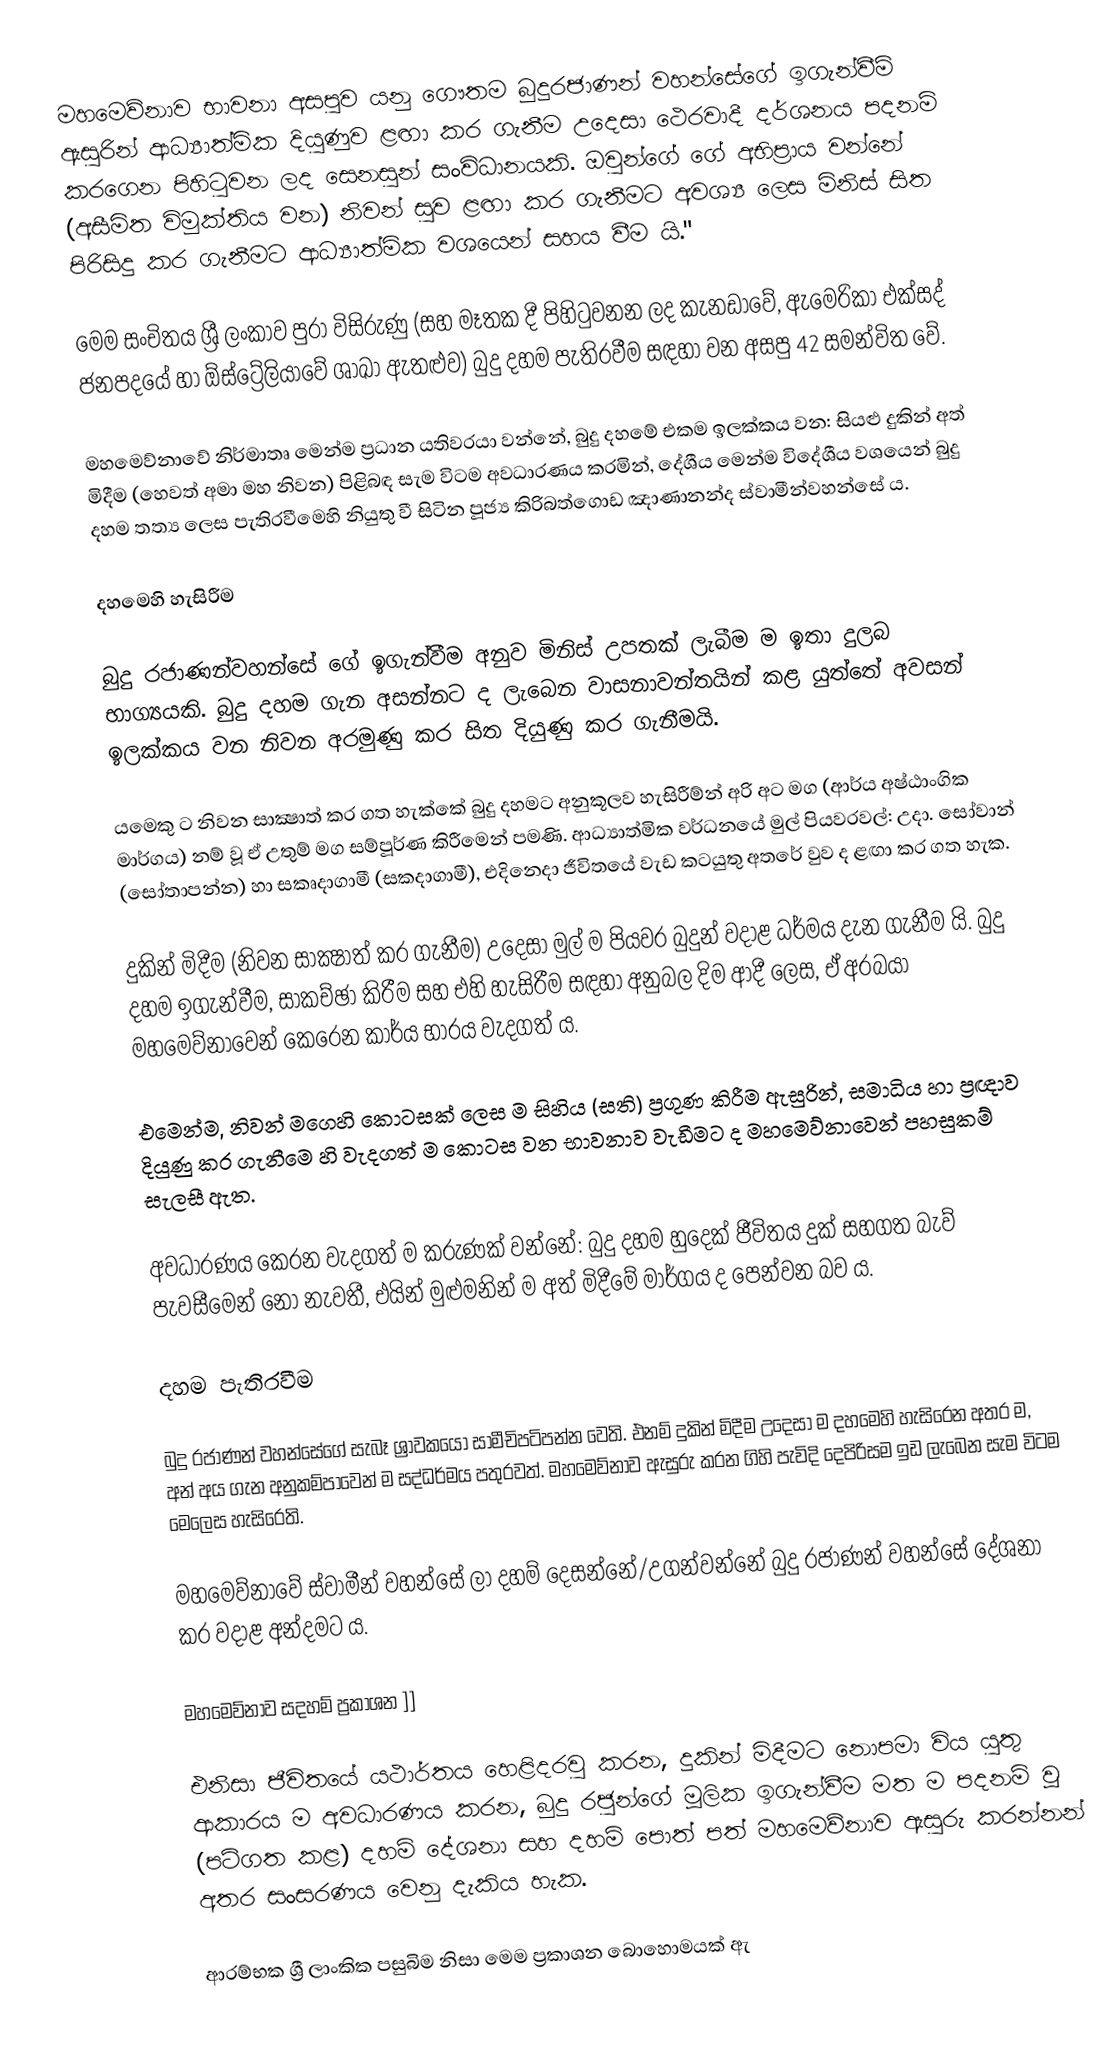
මහමෙව්නාව භාවනා අසපුව යනු ගෞතම  බුදුරජාණන් වහන්සේගේ ඉගැන්වීම් ඇසුරින් ආධ්‍යාත්මික දියුණුව ළඟා කර ගැනීම උදෙසා ථෙරවාදී දර්ශනය පදනම් කරගෙන පිහිටුවන ලද සෙනසුන් සංවිධානයකි. ඔවුන්ගේ ගේ  අභිප්‍රාය වන්නේ (අසීමිත විමුක්තිය වන) නිවන් සුව ළඟා කර ගැනීමට අවශ්‍ය ලෙස මිනිස් සිත පිරිසිදු කර ගැනීමට  ආධ්‍යාත්මික වශයෙන් සහය වීම යි."

මෙම සංචිතය ශ්‍රී ලංකාව පුරා විසිරුණු (සහ මෑතක දී පිහිටුවනන ලද කැනඩාවේ, ඇමෙරිකා එක්සද් ජනපදයේ හා ඕස්ට්‍රේලියාවේ ශාඛා ඇතළුව) බුදු දහම පැතිරවීම සඳහා වන අසපු 42 සමන්විත වේ.

මහමෙව්නාවේ නිර්මාතෘ මෙන්ම ප්‍රධාන යතිවරයා වන්නේ, බුදු දහමේ එකම ඉලක්කය වන: සියළු දුකින් අත් මිදීම (හෙවත් අමා මහ නිවන) පිළිබඳ සැම විටම අවධාරණය කරමින්, දේශීය මෙන්ම විදේශීය වශයෙන් බුදු දහම තත්‍ය ලෙස පැතිරවීමෙහි නියුතු වී සිටින පූජ්‍ය කිරිබත්ගොඩ ඤාණානන්ද ස්වාමීන්වහන්සේ ය.

දහමෙහි හැසිරීම

බුදු රජාණන්වහන්සේ ගේ ඉගැන්වීම අනුව මිනිස් උපතක් ලැබීම ම ඉතා දුලබ භාග්‍යයකි. බුදු දහම ගැන අසන්නට ද ලැබෙන වාසනාවන්තයින් කළ යුත්තේ අවසන් ඉලක්කය වන නිවන අරමුණු කර සිත දියුණු කර ගැනීමයි.

යමෙකු ට නිවන සාක්‍ෂාත් කර ගත හැක්කේ බුදු දහමට අනුකූලව හැසිරීම්න් අරි අට මග (ආර්ය අෂ්ඨාංගික මාර්ගය) නම් වූ ඒ උතුම් මග සම්පූර්ණ කිරීමෙන් පමණි. ආධ්‍යාත්මික වර්ධනයේ මුල් පියවරවල්: උදා. සෝවාන් (සෝතාපන්න) හා සකෘදාගාමී (සකදාගාමී), එදිනෙදා ජීවිතයේ වැඩ කටයුතු අතරේ වුව ද ළඟා කර ගත හැක.

දුකින් මිදීම (නිවන සාක්‍ෂාත් කර ගැනීම) උදෙසා මුල් ම පියවර බුදුන් වදාළ ධර්මය දැන ගැනීම යි. බුදු දහම ඉගැන්වීම, සාකච්ඡා කිරීම සහ එහි හැසිරීම සඳහා අනුබල දිම ආදී ලෙස, ඒ අරබයා මහමෙව්නාවෙන් කෙරෙන කාර්ය භාරය වැදගත් ය.

එමෙන්ම, නිවන් මගෙහි කොටසක් ලෙස ම සිහිය (සති) ප්‍රගුණ කිරීම ඇසුරින්, සමාධිය හා ප්‍රඥාව දියුණු කර ගැනීමෙ හි වැදගත් ම කොටස වන භාවනාව වැඩීමට ද මහමෙව්නාවෙන්  පහසුකම් සැලසී ඇත.

අවධාරණය කෙරන වැදගත් ම කරුණක් වන්නේ: බුදු දහම හුදෙක් ජීවිතය දුක් සහගත බැව් පැවසීමෙන් නො නැවතී, එයින් මුළුමනින් ම අත් මිදීමේ මාර්ගය ද පෙන්වන බව ය.

දහම පැතිරවීම

බුදු රජාණන් වහන්සේගේ සැබෑ ශ්‍රාවකයෝ සාමීචිපටිපන්න වෙති. එනම් දුකින් මිදීම උදෙසා ම දහමෙහි හැසිරෙන අතර ම, අන් අය ගැන අනුකම්පාවෙන් ම සද්ධර්මය පතුරවත්. මහමෙව්නාව ඇසුරු කරන ගිහි පැවිදි දෙපිරිසම ඉඩ ලැබෙන සැම විටම මෙලෙස හැසිරෙති.

මහමෙව්නාවේ ස්වාමීන් වහන්සේ ලා දහම් දෙසන්නේ/උගන්වන්නේ බුදු රජාණන් වහන්සේ දේශනා කර වදාළ අන්දමට ය.

මහමෙව්නාව සදහම් ප්‍රකාශන ]]

එනිසා ජීවිතයේ යථාර්තය හෙළිදරවු කරන, දුකින් මිදීමට නොපමා විය යුතු ආකාරය ම අවධාරණය කරන, බුදු රජුන්ගේ මූලික ඉගැන්වීම මත ම පදනම් වූ (පටිගත කළ) දහම් දේශනා සහ දහම් පොත් පත් මහමෙව්නාව ඇසුරු කරන්නන් අතර සංසරණය වෙනු දැකිය හැක.

ආරම්භක ශ්‍රී ලාංකික පසුබිම නිසා මෙම ප්‍රකාශන බොහොමයක් ඇ